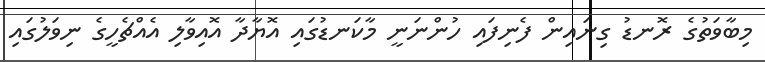
މިބާވަތުގެ ރޮނޑު ގިނައިން ފެނިފައި ހުންނަނީ މާކަނޑުގައި އޮޔާދާ އޮއިވާލި އެއްޗެހީގެ ނިވަލުގައި